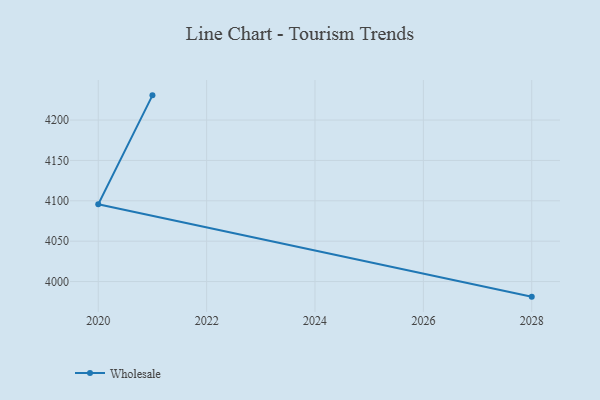
{"axis": {"x": "Year", "y": "Website Visitors"}, "legend": ["Wholesale"], "data": [{"x": "2021", "y": 4230.6, "type": "Wholesale"}, {"x": "2020", "y": 4095.7, "type": "Wholesale"}, {"x": "2028", "y": 3981.3, "type": "Wholesale"}]}